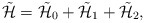
\begin{align*}\tilde{\cal H} = \tilde{\cal H}_0 + \tilde{\cal H}_1+ \tilde{\cal H}_2,\end{align*}